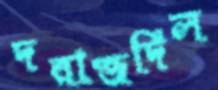
দরাজদিল